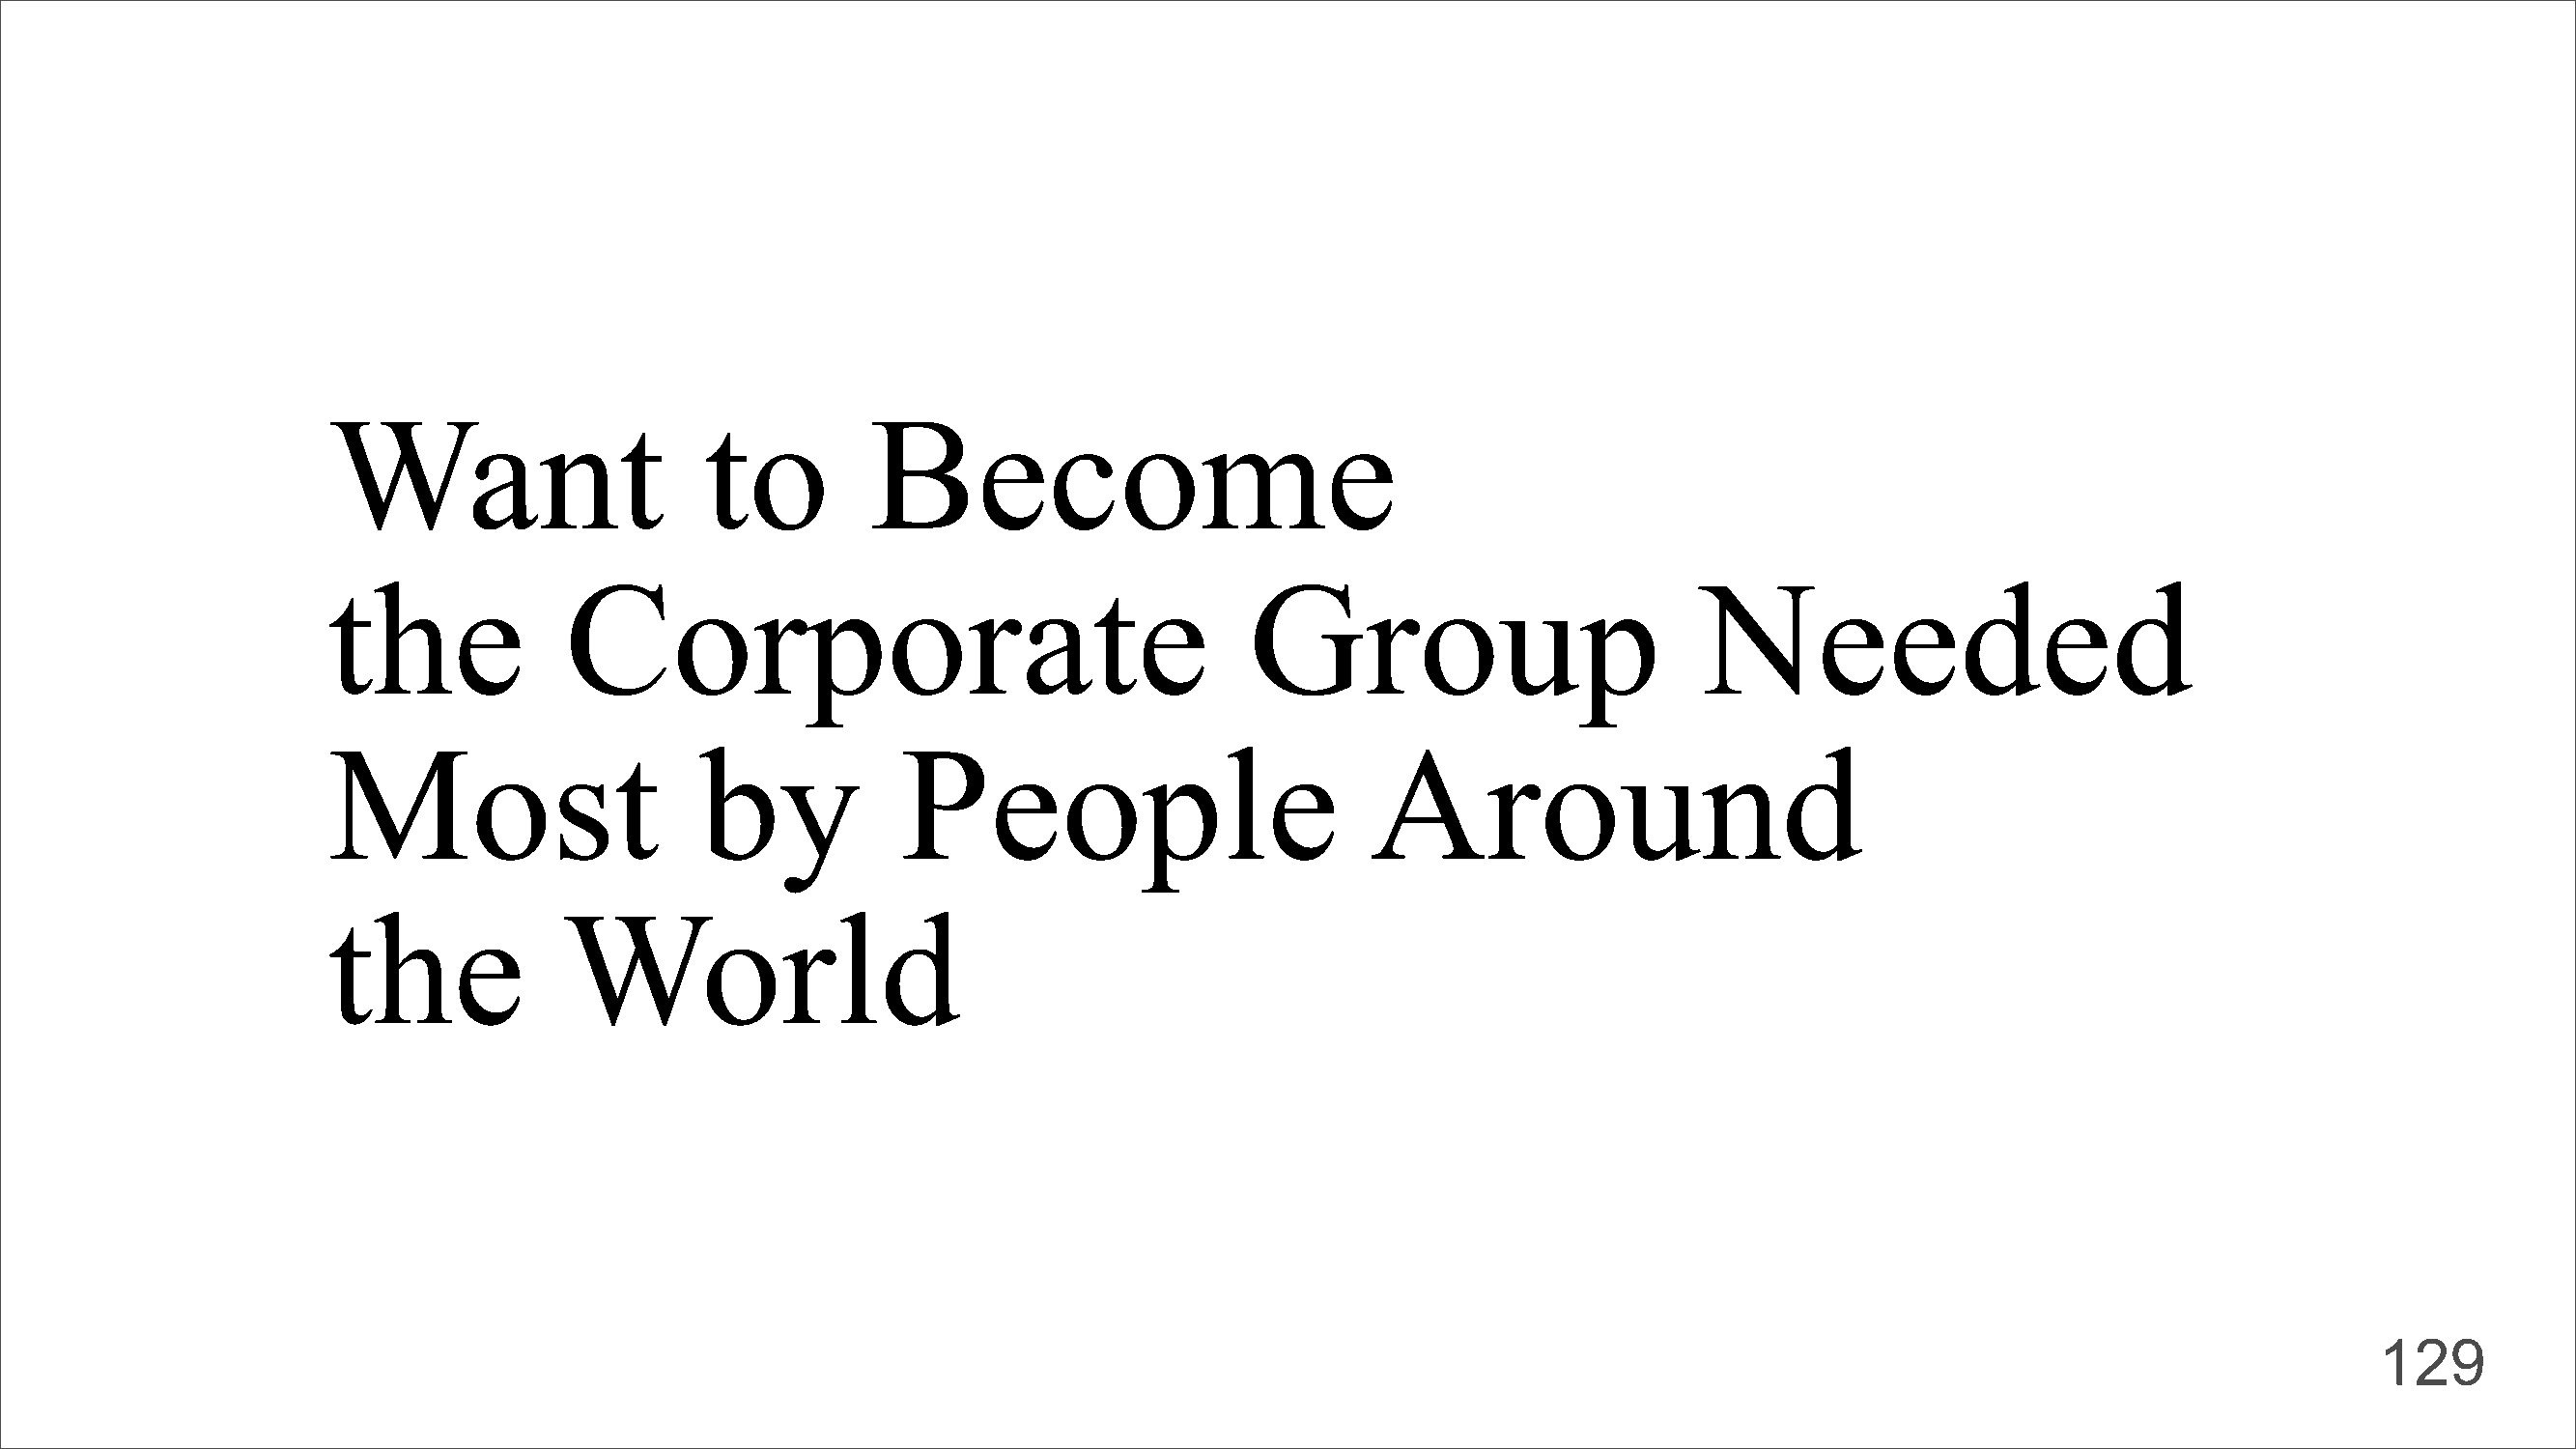
Want                      to          Become
 the              Corporate                                      Group                          Needed
 Most                      by            People                          Around
 the              World
 129